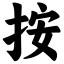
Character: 按